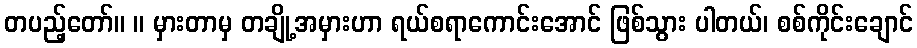
တပည့်တော်။ ။ မှားတာမှ တချို့အမှားဟာ ရယ်စရာကောင်းအောင် ဖြစ်သွား ပါတယ်၊ စစ်ကိုင်းချောင်